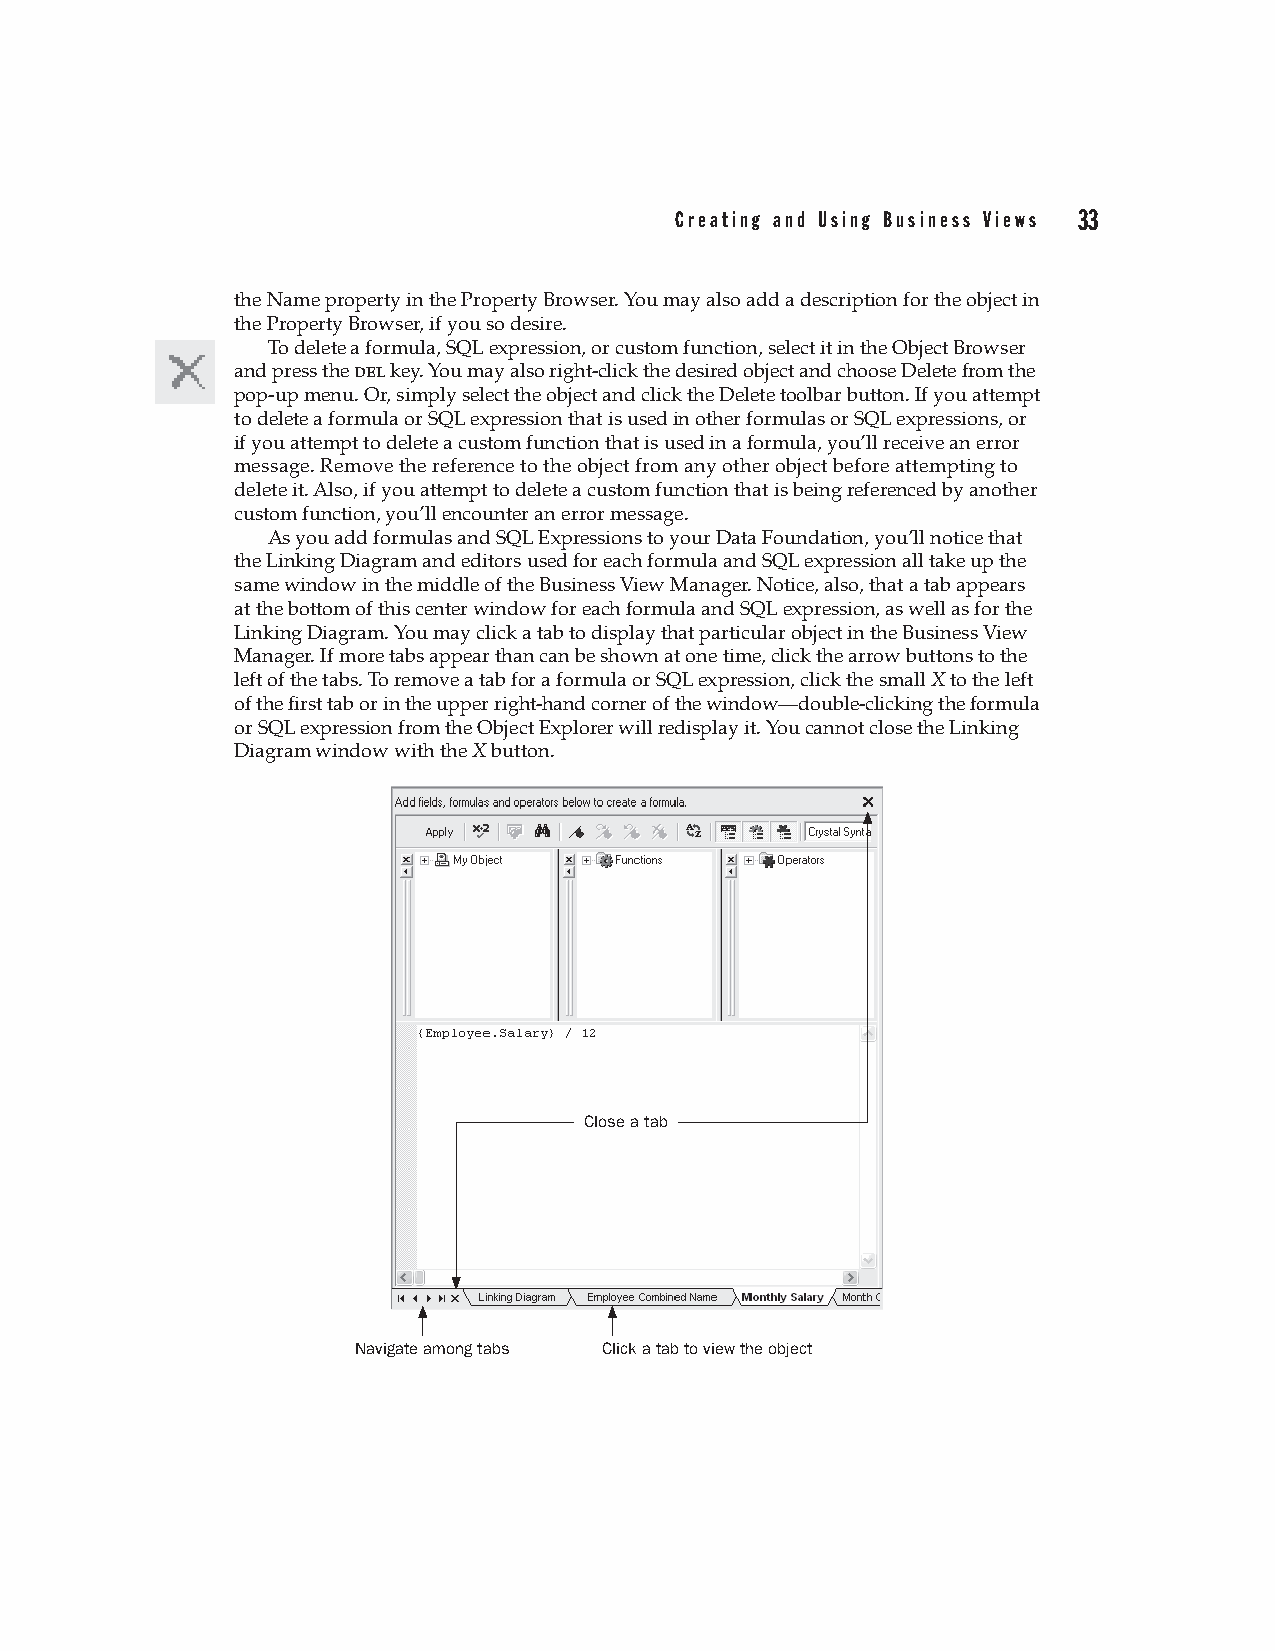
Creating and Using Business Views 33
 the Name property in the Property Browser. You may also add a description for the object in
 the Property Browser, if you so desire.
 To delete a formula, SQL expression, or custom function, select it in the Object Browser
 and press the del key. You may also right-click the desired object and choose Delete from the
 pop-up menu. Or, simply select the object and click the Delete toolbar button. If you attempt
 to delete a formula or SQL expression that is used in other formulas or SQL expressions, or
 if you attempt to delete a custom function that is used in a formula, you’ll receive an error
 message. Remove the reference to the object from any other object before attempting to
 delete it. Also, if you attempt to delete a custom function that is being referenced by another
 custom function, you’ll encounter an error message.
 As you add formulas and SQL Expressions to your Data Foundation, you’ll notice that
 the Linking Diagram and editors used for each formula and SQL expression all take up the
 same window in the middle of the Business View Manager. Notice, also, that a tab appears
 at the bottom of this center window for each formula and SQL expression, as well as for the
 Linking Diagram. You may click a tab to display that particular object in the Business View
 Manager. If more tabs appear than can be shown at one time, click the arrow buttons to the
 left of the tabs. To remove a tab for a formula or SQL expression, click the small X to the left
 of the first tab or in the upper right-hand corner of the window—double-clicking the formula
 or SQL expression from the Object Explorer will redisplay it. You cannot close the Linking
 Diagram window with the X button.
 Close a tab
 Navigate among tabs Click a tab to view the object